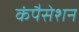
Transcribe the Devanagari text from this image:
कंपैसेशन